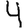
Digit: 4